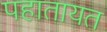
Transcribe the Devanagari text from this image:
पहातायत